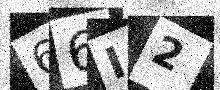
Text: 66I2